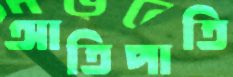
আতিপাতি